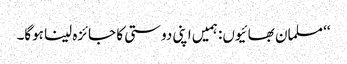
‘‘ مسلمان بھائیوں: ہمیں اپنی دوستی کا جائزہ لینا ہوگا۔